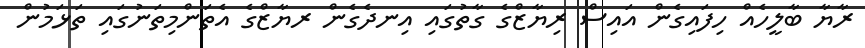
ރާޔާ ބާލީހެއް ހިފައިގެން އައިސް ރިޔާޒްގެ ގާތުގައި އިނދެގެން ރޔާޒްގެ އެތަންމިތަނުގައި ތަޅަމުން